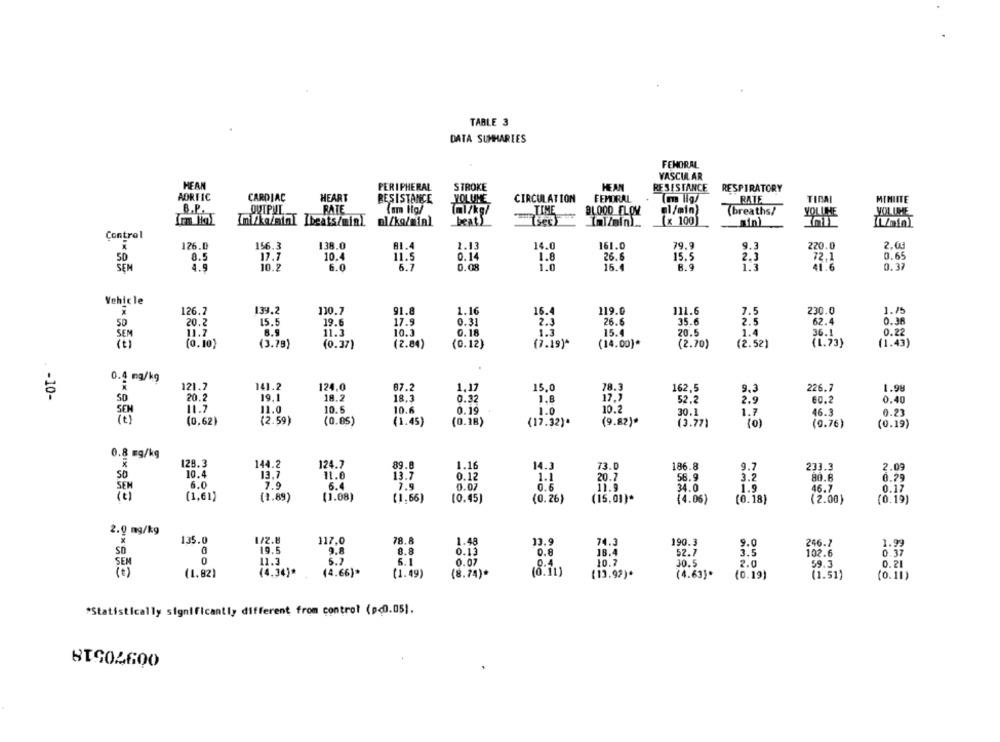
TABLE 3
DATA SUMMARIES
FEMORAL
VASCULAR
HEAN
STROKE
HEAN
PERIPHERAL
RESISTANCE
RESPIRATORY
AORFIC
CARDIAC
HEART
RESISTANCE
YOLUHE
CIRCULATION
FEMORAL
RATE
TIRAI
MIMIITE
B.P.
OUTPUL
RATE
(nm tig/
(ml/kg/
TIME
BLOOD FLOW
el/min
(breaths/
YOLICHE
VOLUME
n /a/sin Ibeats/min).
al/kg/min)
beat)
[x 100
_min)
Control
126.0
1.13
14.0
161.0
79.9
9.3
2.03
156.3
138.0
81.4
220.0
50
8.5
17.7
10.4
11.5
0.14
1.8
26.6
15.5
2.3
72.1
0.65
SEM
4.9
10.2
6.0
6.7
0.08
1.0
15.4
8.9
1.3
0.37
Vehicle
126.7
139.2
110.7
91.8
1.16
16.4
119.0
111.6
7.5
230.0
1.75
35.6
2.5
62.4
0.36
50
20.2
15.5
19.6
17.9
0.31
2.3
26.6
SEM
11.7
8.9
11.3
10.3
0.18
1.3
15.4
20.5
1.4
36.1
0.22
(0.10)
(3.78)
(0.37)
(2.84)
(0.12)
(7.19)*
(14.00)*
(2.70)
(2.52)
(1.73)
(1.43)
0.4 mg/kg
121.7
141.2
78.3
124,0
87.2
1,17
15,0
162.5
9.3
226.7
1.98
. - 10-
50
20.2
19.1
18.2
18.3
0.32
1.8
17.7
52.2
2.9
60.2
0.40
SEN
11.7
11.0
10.5
10.2
10.6
0.19
1.0
30.1
1.7
46.3
0.23
(E)
(0,62)
(2.59)
(0.05)
(1.45)
(0.18)
(17.32)*
(9.82)*
(3.77)
(0)
(9.76)
(0.19)
0.8 mg/kg
X
128.3
144.2
124.7
89.0
1.16
14.3
73.0
186.8
9.7
233.3
2.09
10.4
13.7
11.0
13.7
1.1
6.0
0.12
20.7
58.9
3.2
80.6
0.79
SEM
7.9
6.4
7.9
0.07
0.6
11.9
34.0
1.9
46.7
0.17
(1,61)
(1.89)
(1.08)
(1,66)
(0.45)
(0.26)
(15.01)*
(4.06)
(0.18)
(2.00)
(0.19)
2.0 mg/kg
135.0
1/2.8
117.0
78.8
1.48
13.9
74.3
190.3
9.0
246.7
19.5
8.8
1.99
SD
0.13
0.8
18.4
52.7
3.5
102.6
0.37
SEM
0
11.3
5.7
6.1
0.07
10.7
30.5
2.0
59.3
0.21
(0.11)
(e)
(1.82)
(4.34)*
(4.66)*
(1.49)
(8.74)*
(13.92)*
(4.63)*
(0.19)
(1.51)
(0.11)
*Statistically significantly different from control (p<0.05).
BIS04600